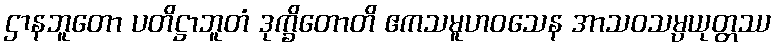
ဌာနဘူတော ပတိဋ္ဌာဘူတံ ဒုက္ခိတောတိ ဧကသမူဟဝသေန အာသဝသမ္ပယုတ္တဿ